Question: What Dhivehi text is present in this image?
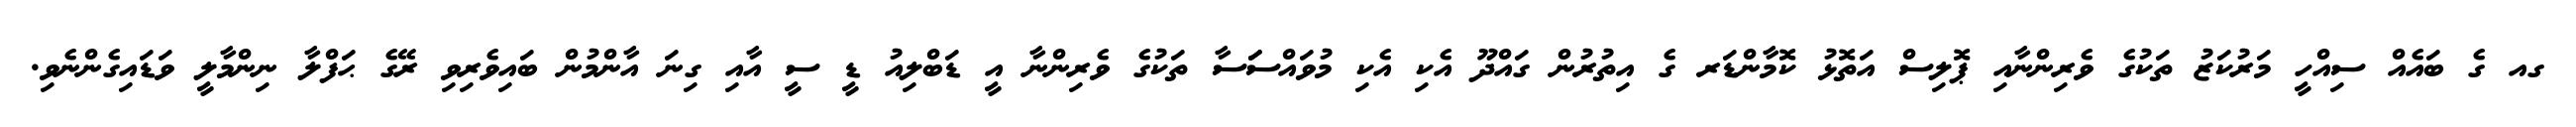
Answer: ގއ ގެ ބައެއް ސިއްހީ މަރުކަޒު ތަކުގެ ވެރިންނާއި ޕޮލިސް އަތޮޅު ކޮމާންޑަރ ގެ އިތުރުން ގައްދޫ އެކި އެކި މުވައްސަަސާ ތަކުގެ ވެރިންނާ އީ ޑަބްލިއު ޑީ ސީ އާއި ގިނަ އާންމުން ބައިވެރިވި ރޭގެ ޙަފްލާ ނިންމާލީ ވަޑައިގެންނެވި.